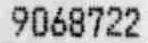
9068722